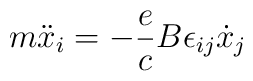
m\ddot{x}_i = -\frac{e}{c} B \epsilon_{ij}\dot{x}_j